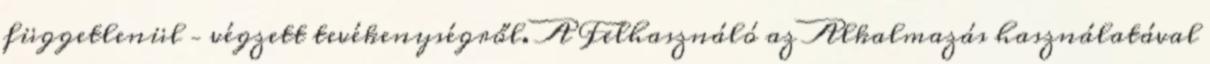
függetlenül – végzett tevékenységről. A Felhasználó az Alkalmazás használatával